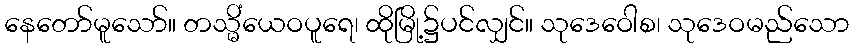
နေတော်မူသော်။ တသ္မိံယေဝပူရေ၊ ထိုမြို့၌ပင်လျှင်။ သုဒေဝေါစ၊ သုဒေဝမည်သော